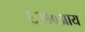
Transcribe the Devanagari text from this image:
६३१०आय